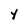
Character: Y